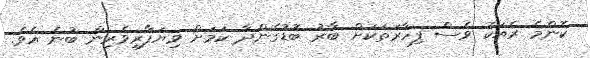
ކޮންމެ ރެއަކު ވެސް ފިހާރަތަކަށް ބާރު ބޮޑުގެންދާ ކަމަށް ވިޔަފާރިވެރިން ބުނެ އެވެ.